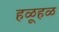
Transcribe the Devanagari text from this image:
हळूहळ